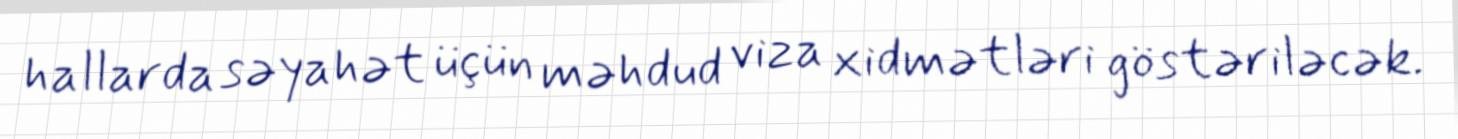
hallarda səyahət üçün məhdud viza xidmətləri göstəriləcək.